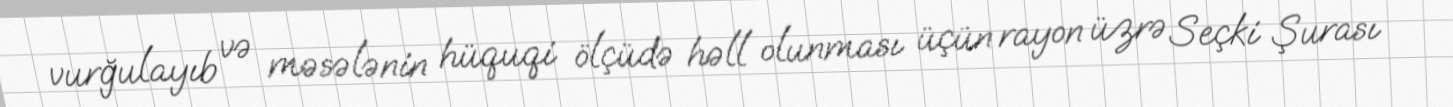
vurğulayıb və məsələnin hüquqi ölçüdə həll olunması üçün rayon üzrə Seçki Şurası